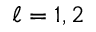
\ell = 1 , 2